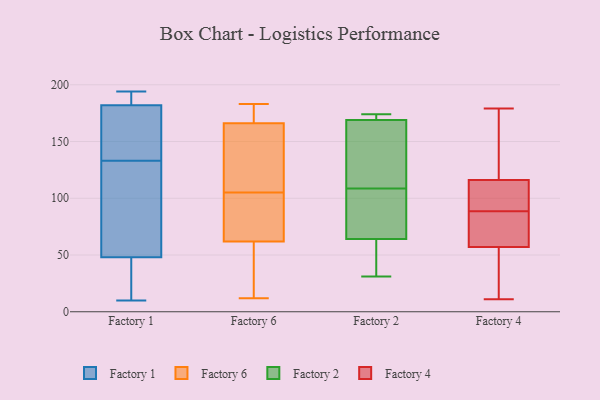
{"axis": {"x": "Tickets Resolved", "y": "Value"}, "legend": ["Factory 1", "Factory 2", "Factory 4", "Factory 6"], "data": [{"x": "", "y": 31, "type": "Factory 1"}, {"x": "", "y": 182, "type": "Factory 1"}, {"x": "", "y": 147, "type": "Factory 1"}, {"x": "", "y": 112, "type": "Factory 1"}, {"x": "", "y": 93, "type": "Factory 1"}, {"x": "", "y": 35, "type": "Factory 1"}, {"x": "", "y": 190, "type": "Factory 1"}, {"x": "", "y": 58, "type": "Factory 1"}, {"x": "", "y": 164, "type": "Factory 1"}, {"x": "", "y": 48, "type": "Factory 1"}, {"x": "", "y": 10, "type": "Factory 1"}, {"x": "", "y": 185, "type": "Factory 1"}, {"x": "", "y": 141, "type": "Factory 1"}, {"x": "", "y": 194, "type": "Factory 1"}, {"x": "", "y": 182, "type": "Factory 1"}, {"x": "", "y": 132, "type": "Factory 1"}, {"x": "", "y": 38, "type": "Factory 1"}, {"x": "", "y": 134, "type": "Factory 1"}, {"x": "", "y": 65, "type": "Factory 6"}, {"x": "", "y": 113, "type": "Factory 6"}, {"x": "", "y": 183, "type": "Factory 6"}, {"x": "", "y": 59, "type": "Factory 6"}, {"x": "", "y": 97, "type": "Factory 6"}, {"x": "", "y": 174, "type": "Factory 6"}, {"x": "", "y": 179, "type": "Factory 6"}, {"x": "", "y": 158, "type": "Factory 6"}, {"x": "", "y": 95, "type": "Factory 6"}, {"x": "", "y": 12, "type": "Factory 6"}, {"x": "", "y": 53, "type": "Factory 6"}, {"x": "", "y": 146, "type": "Factory 6"}, {"x": "", "y": 47, "type": "Factory 2"}, {"x": "", "y": 169, "type": "Factory 2"}, {"x": "", "y": 73, "type": "Factory 2"}, {"x": "", "y": 158, "type": "Factory 2"}, {"x": "", "y": 172, "type": "Factory 2"}, {"x": "", "y": 64, "type": "Factory 2"}, {"x": "", "y": 172, "type": "Factory 2"}, {"x": "", "y": 62, "type": "Factory 2"}, {"x": "", "y": 118, "type": "Factory 2"}, {"x": "", "y": 89, "type": "Factory 2"}, {"x": "", "y": 132, "type": "Factory 2"}, {"x": "", "y": 174, "type": "Factory 2"}, {"x": "", "y": 99, "type": "Factory 2"}, {"x": "", "y": 31, "type": "Factory 2"}, {"x": "", "y": 56, "type": "Factory 4"}, {"x": "", "y": 164, "type": "Factory 4"}, {"x": "", "y": 40, "type": "Factory 4"}, {"x": "", "y": 115, "type": "Factory 4"}, {"x": "", "y": 179, "type": "Factory 4"}, {"x": "", "y": 116, "type": "Factory 4"}, {"x": "", "y": 116, "type": "Factory 4"}, {"x": "", "y": 59, "type": "Factory 4"}, {"x": "", "y": 57, "type": "Factory 4"}, {"x": "", "y": 175, "type": "Factory 4"}, {"x": "", "y": 113, "type": "Factory 4"}, {"x": "", "y": 87, "type": "Factory 4"}, {"x": "", "y": 90, "type": "Factory 4"}, {"x": "", "y": 162, "type": "Factory 4"}, {"x": "", "y": 85, "type": "Factory 4"}, {"x": "", "y": 57, "type": "Factory 4"}, {"x": "", "y": 76, "type": "Factory 4"}, {"x": "", "y": 111, "type": "Factory 4"}, {"x": "", "y": 53, "type": "Factory 4"}, {"x": "", "y": 11, "type": "Factory 4"}]}